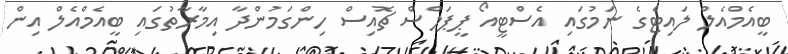
ބީއެމްއެލް ލައިޓްގެ ނަމުގައި އެސްޓީއޯ ޕީޕަލްސް ޗޮއިސް ހިންގަމުންދާ އިމާރާތުގައި ބީއެމްއެލް އިން